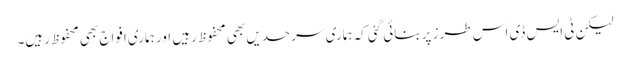
لیکن ٹی ایس ڈی اس طرز پر بنائی گئی کہ ہماری سرحدیں بھی محفوظ رہیں اور ہماری افواج بھی محفوظ رہیں۔